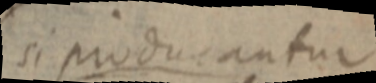
si producantur